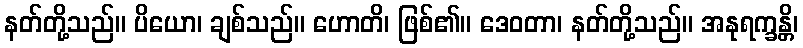
နတ်တို့သည်။ ပိယော၊ ချစ်သည်။ ဟောတိ၊ ဖြစ်၏။ ဒေဝတာ၊ နတ်တို့သည်။ အနုရက္ခန္တိ၊